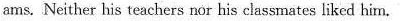
ams. Neither his teachers nor his classmates liked him.